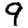
Digit: 9